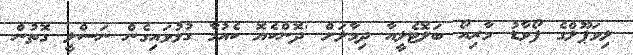
ލިވަޕޫލްގެ ފޯވާޑު މާރިއޯ ބަލޮޓެލީއާ ދިމާލަށް 'ދޮންކެޔޮ ކެއުމާ ގުޅުވައިގެން ނަސްލީ ގޮތުން